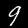
Digit: 9